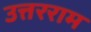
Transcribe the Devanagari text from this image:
उत्तरराम